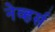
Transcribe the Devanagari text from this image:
नेव्हर्स